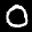
Label: 0